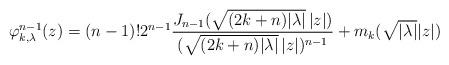
LaTeX: \begin{align*} \varphi_{k,\lambda}^{n-1}(z) = (n-1)! 2^{n-1} \frac{ J_{n-1}(\sqrt{(2k+n)|\lambda|}\,|z|)}{(\sqrt{(2k+n)|\lambda|}\,|z|)^{n-1}} + m_k( \sqrt{|\lambda|} |z|) \end{align*}